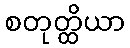
စတုတ္ထိယာ